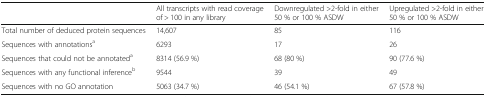
<table><thead><tr><td></td><td><b>All transcripts with read coverage of &gt; 100 in any library</b></td><td><b>Downregulated &gt;2-fold in either 50 % or 100 % ASDW</b></td><td><b>Upregulated &gt;2-fold in either 50 % or 100 % ASDW</b></td></tr></thead><tbody><tr><td>Total number of deduced protein sequences</td><td>14,607</td><td>85</td><td>116</td></tr><tr><td>Sequences with annotations<sup>a</sup></td><td>6293</td><td>17</td><td>26</td></tr><tr><td>Sequences that could not be annotated<sup>a</sup></td><td>8314 (56.9 %)</td><td>68 (80 %)</td><td>90 (77.6 %)</td></tr><tr><td>Sequences with any functional inference<sup>b</sup></td><td>9544</td><td>39</td><td>49</td></tr><tr><td>Sequences with no GO annotation</td><td>5063 (34.7 %)</td><td>46 (54.1 %)</td><td>67 (57.8 %)</td></tr></tbody></table>